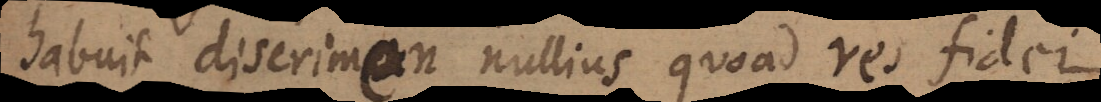
habuit discrimen nullius quoad res fidei